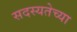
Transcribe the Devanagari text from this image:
सदस्यतेच्या